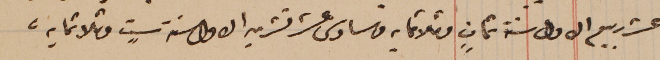
عشر ربيع الاول سنة ثمانٍ وثلاثمايه من سادس عشر تشرين الاول سنة ستٍ وثلاثمايه.